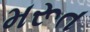
મરૂત